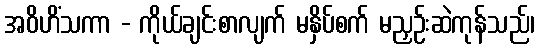
အဝိဟိံသကာ - ကိုယ်ချင်းစာလျက် မနှိပ်စက် မညှဉ်းဆဲကုန်သည်၊